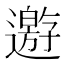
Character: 𨘋